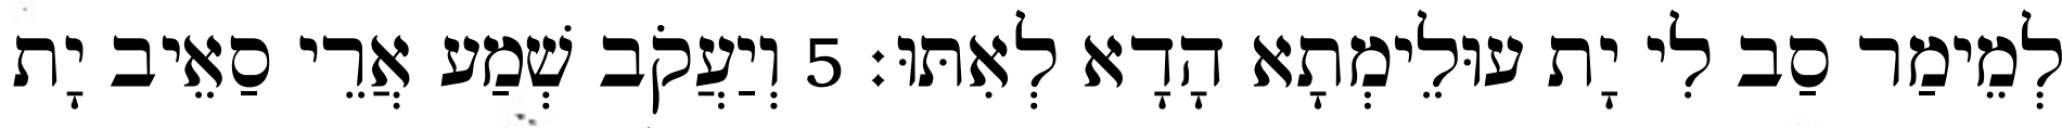
לְמֵימַר סַב לִי יָת עוּלֵימְתָא הָדָא לְאִתּוּ׃ 5 וְיַעֲקֹב שְׁמַע אֲרֵי סַאֵיב יָת